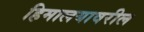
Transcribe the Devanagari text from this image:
हिमालयावरील